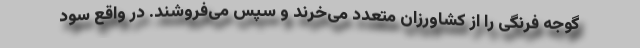
گوجه فرنگی را از کشاورزان متعدد می‌خرند و سپس می‌فروشند. در واقع سود